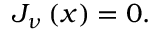
\begin{array} { r } { J _ { \nu } \left( x \right) = 0 . } \end{array}